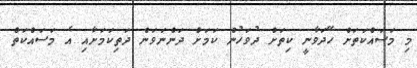
މި މަސައްކަތަށް ހޭދަވާނީ ކިތަށް ދުވަހުން ކަމަށް ދަންނަވަން ދަތިކަމަށާއި އެ މަސައްކަތް